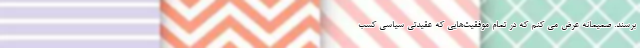
برسند. صمیمانه عرض می کنم که در تمام موفقیت‌هایی که عقیدتی سیاسی کسب